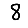
Digit: 8